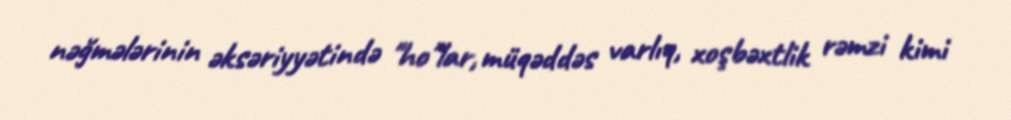
nəğmələrinin əksəriyyətində "ho"lar, müqəddəs varlıq, xoşbəxtlik rəmzi kimi